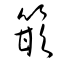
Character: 篏